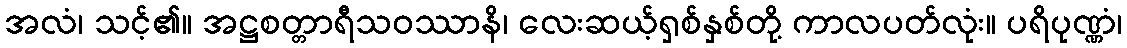
အလံ၊ သင့်၏။ အဋ္ဌစတ္တာရီသဝဿာနိ၊ လေးဆယ့်ရှစ်နှစ်တို့ ကာလပတ်လုံး။ ပရိပုဏ္ဏံ၊